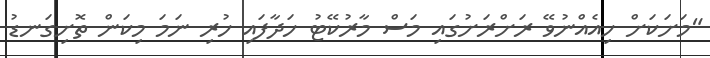
"މަށަކަށް ހިއެއްނުވޭ ރަށްރަށުގައި މަސް މާރުކޭޓު ހަދާފައި ހުރި ނަމަ މިކަން ތޮށިގަނޑު